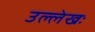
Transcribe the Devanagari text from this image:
उल्लेखः